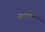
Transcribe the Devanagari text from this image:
भावातील